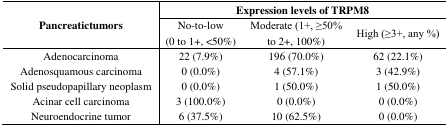
<table><thead><tr><td rowspan="2"><b>Pancreatictumors</b></td><td colspan="3"><b>Expression levels of TRPM8</b></td></tr><tr><td><b>No-to-low (0 to 1+, &lt;50%)</b></td><td><b>Moderate (1+, ≥50% to 2+, 100%)</b></td><td><b>High (≥3+, any %)</b></td></tr></thead><tbody><tr><td>Adenocarcinoma</td><td>22 (7.9%)</td><td>196 (70.0%)</td><td>62 (22.1%)</td></tr><tr><td>Adenosquamous carcinoma</td><td>0 (0.0%)</td><td>4 (57.1%)</td><td>3 (42.9%)</td></tr><tr><td>Solid pseudopapillary neoplasm</td><td>0 (0.0%)</td><td>1 (50.0%)</td><td>1 (50.0%)</td></tr><tr><td>Acinar cell carcinoma</td><td>3 (100.0%)</td><td>0 (0.0%)</td><td>0 (0.0%)</td></tr><tr><td>Neuroendocrine tumor</td><td>6 (37.5%)</td><td>10 (62.5%)</td><td>0 (0.0%)</td></tr></tbody></table>